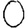
Digit: 0